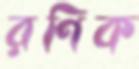
রণিক